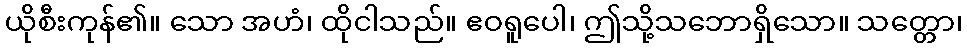
ယိုစီးကုန်၏။ သော အဟံ၊ ထိုငါသည်။ ဧဝရူပေါ၊ ဤသို့သဘောရှိသော။ သတ္တော၊